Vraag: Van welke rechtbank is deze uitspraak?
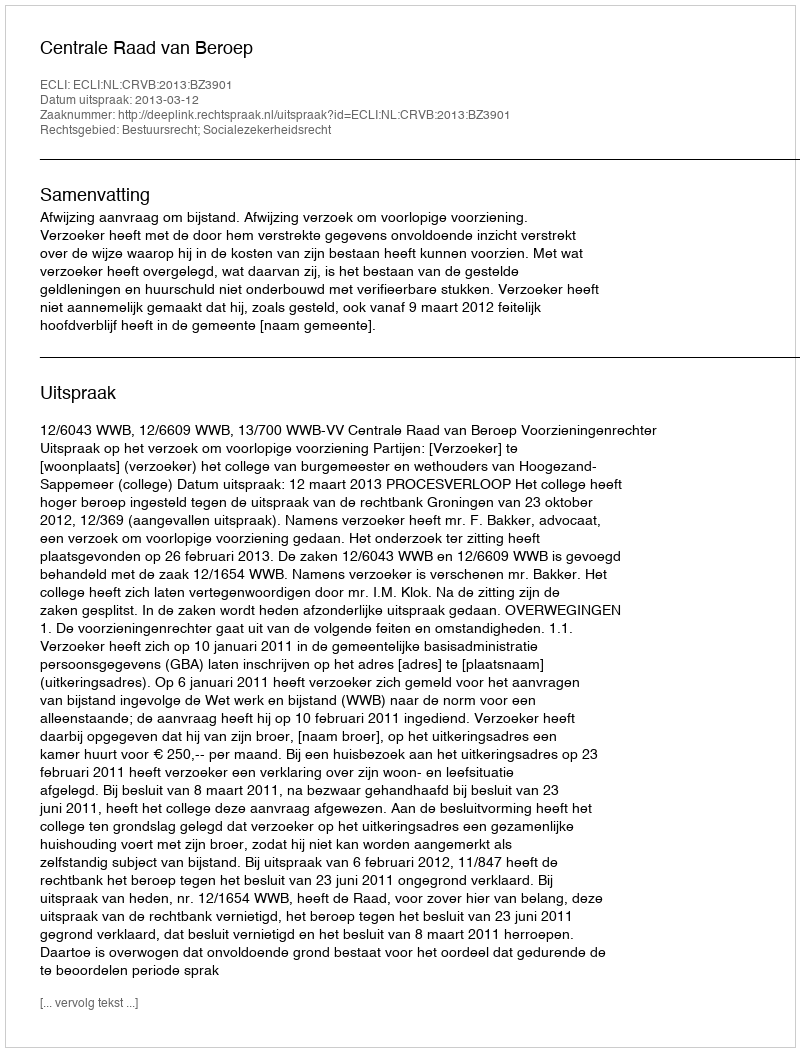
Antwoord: Centrale Raad van Beroep